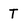
Character: T